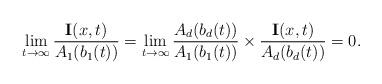
LaTeX: \begin{align*} \lim_{t\to \infty} \frac{{\bf{I}}(x,t)}{A_{1}(b_{1}(t))} = \lim_{t\to \infty} \frac{A_d(b_{d}(t))}{A_1(b_{1}(t))}\times \frac{{\bf{I}}(x,t)}{A_{d}(b_{d}(t))} =0.\end{align*}